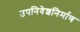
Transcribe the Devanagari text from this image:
उपनिवेशनिर्माण